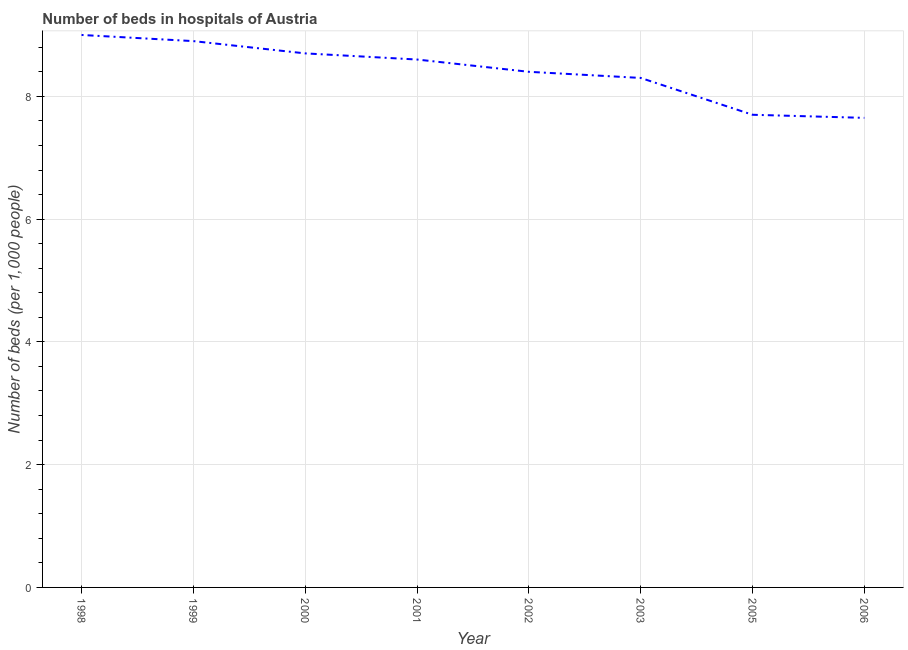
| Year | Hospital beds |
 | --- | --- |
 | 1998 | 9 |
 | 1999 | 8.9 |
 | 2000 | 8.7 |
 | 2001 | 8.6 |
 | 2002 | 8.4 |
 | 2003 | 8.3 |
 | 2005 | 7.7 |
 | 2006 | 7.65 |